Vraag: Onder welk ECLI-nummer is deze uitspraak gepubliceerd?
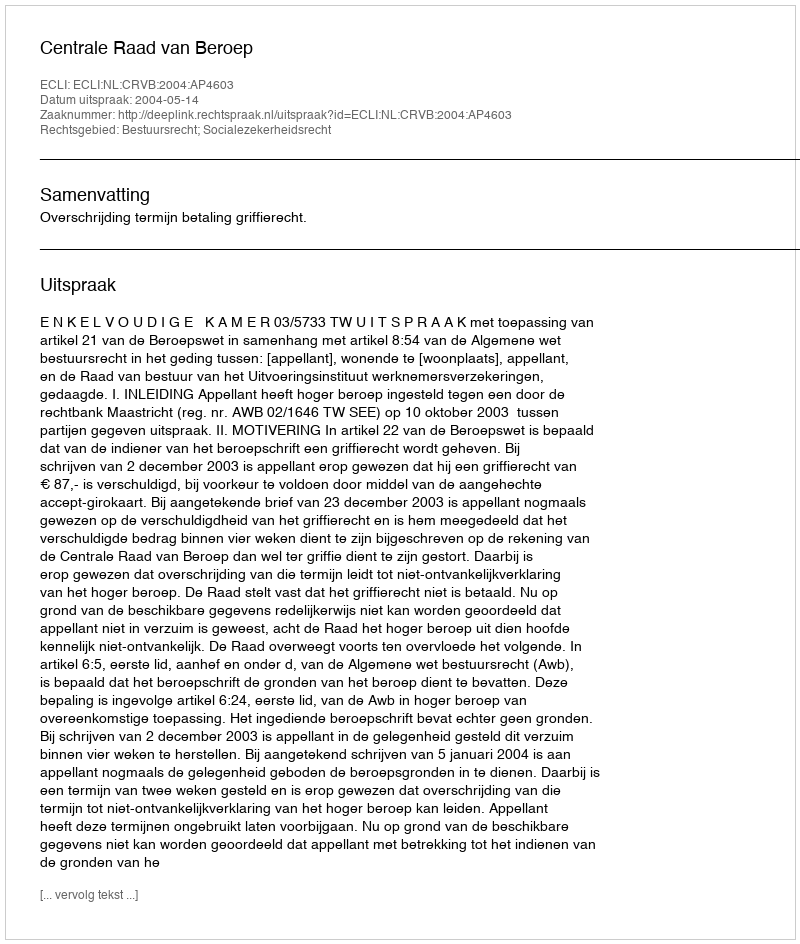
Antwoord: ECLI:NL:CRVB:2004:AP4603